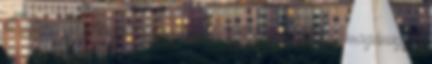
itt a közösségdinamika érvényesül. Itt nem a lelkész magánügye,